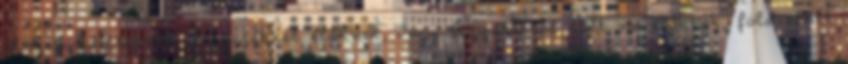
elszenvedetteknek, fogyatékkal élőknek, vagy fogyatékkal élőt nevelőknek, föld alatt